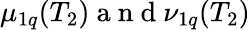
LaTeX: \mu_{1q}(T_{2})\mathrm{~a~n~d~}\nu_{1q}(T_{2})